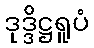
ဒုဒ္ဒိဋ္ဌရူပံ